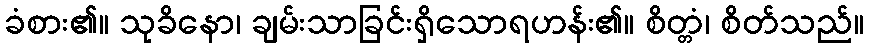
ခံစား၏။ သုခိနော၊ ချမ်းသာခြင်းရှိသောရဟန်း၏။ စိတ္တံ၊ စိတ်သည်။